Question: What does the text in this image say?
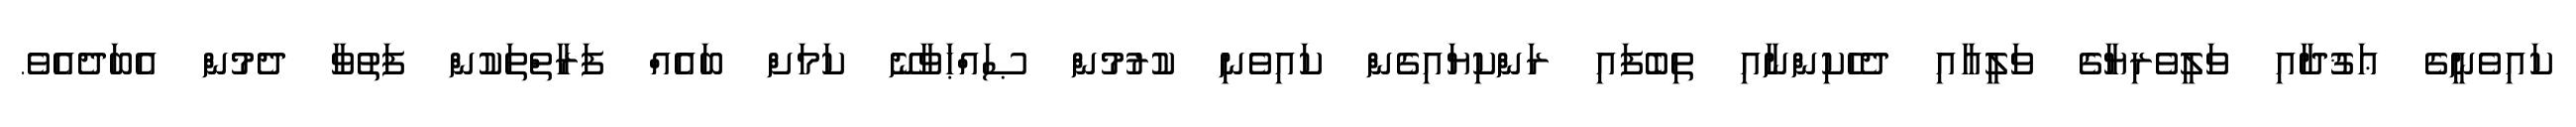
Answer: ކައިވެނީގެ ޢަޤުދާއި ވަލީވެރިޔާގެ ވަލީއާއި ދެހެކިންނާއި ތިބެފައި ރަންކިޔައިގެން ކައިވެނި ކުރުމުން ޞައްޙަވާނޭ ކަމަށް ބައެއް ފަރާތްތަކުން ފަތުވާ ދެމުން އެބަދެއެވެ.